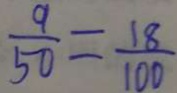
\frac { 9 } { 5 0 } = \frac { 1 8 } { 1 0 0 }